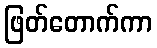
ဖြတ်တောက်ကာ